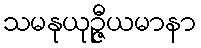
သမနုယုဉ္ဇီယမာနာ